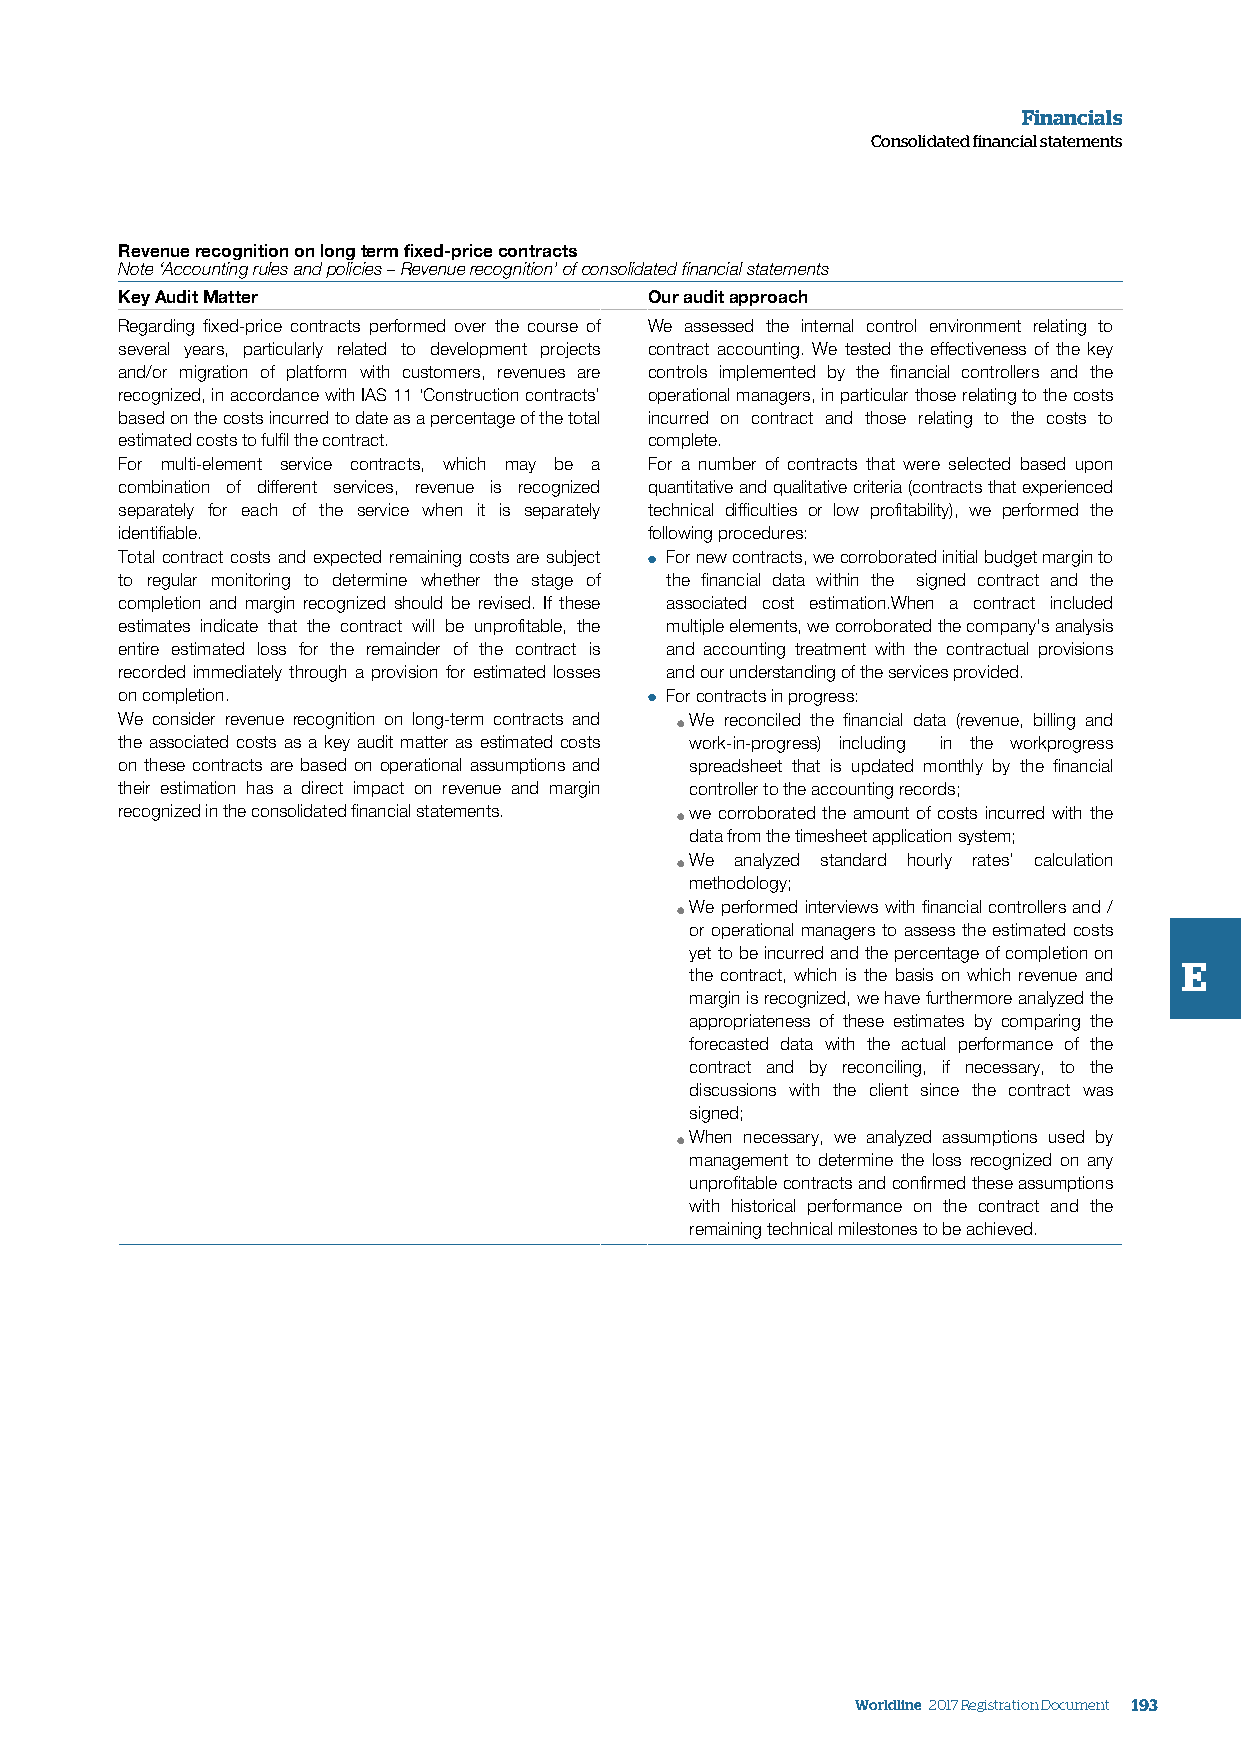
Financials
 Consolidated financial statements
 Revenue recognition on long term fixed-price contracts
 Note ‘Accounting rules and policies – Revenue recognition’ of consolidated financial statements
 Key Audit Matter                   Our audit approach
 Regarding fixed-price contracts performed over the course of We assessed the internal control environment relating to
 several years, particularly related to development projects contract accounting. We tested the effectiveness of the key
 and/or migration of platform with customers, revenues are controls implemented by the financial controllers and the
 recognized, in accordance with IAS 11 ‘Construction contracts’ operational managers, in particular those relating to the costs
 based on the costs incurred to date as a percentage of the total incurred on contract and those relating to the costs to
 estimated costs to fulfil the contract. complete.
 For multi-element service contracts, which may be a For a number of contracts that were selected based upon
 combination of different services, revenue is recognized quantitative and qualitative criteria (contracts that experienced
 separately for each of the service when it is separately technical difficulties or low profitability), we performed the
 identifiable.                      following procedures:
 Total contract costs and expected remaining costs are subject ● For new contracts, we corroborated initial budget margin to
 to regular monitoring to determine whether the stage of the financial data within the signed contract and the
 completion and margin recognized should be revised. If these associated cost estimation.When a contract included
 estimates indicate that the contract will be unprofitable, the multiple elements, we corroborated the company's analysis
 entire estimated loss for the remainder of the contract is and accounting treatment with the contractual provisions
 recorded immediately through a provision for estimated losses and our understanding of the services provided.
 on completion.                     ● For contracts in progress:
 We consider revenue recognition on long-term contracts and We reconciled the financial data (revenue, billing and
 ●
 the associated costs as a key audit matter as estimated costs work-in-progress) including in the workprogress
 on these contracts are based on operational assumptions and spreadsheet that is updated monthly by the financial
 their estimation has a direct impact on revenue and margin controller to the accounting records;
 recognized in the consolidated financial statements. we corroborated the amount of costs incurred with the
 ●
 data from the timesheet application system;
 We analyzed standard hourly rates’ calculation
 ●
 methodology;
 We performed interviews with financial controllers and /
 ●
 or operational managers to assess the estimated costs
 yet to be incurred and the percentage of completion on
 E
 the contract, which is the basis on which revenue and
 margin is recognized, we have furthermore analyzed the
 appropriateness of these estimates by comparing the
 forecasted data with the actual performance of the
 contract and by reconciling, if necessary, to the
 discussions with the client since the contract was
 signed;
 When necessary, we analyzed assumptions used by
 ●
 management to determine the loss recognized on any
 unprofitable contracts and confirmed these assumptions
 with historical performance on the contract and the
 remaining technical milestones to be achieved.
 Worldline 2017 Registration Document 193